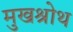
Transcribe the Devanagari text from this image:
मुखश्रोथ